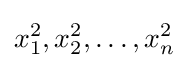
x_{1}^{2},x_{2}^{2},\ldots ,x_{n}^{2}